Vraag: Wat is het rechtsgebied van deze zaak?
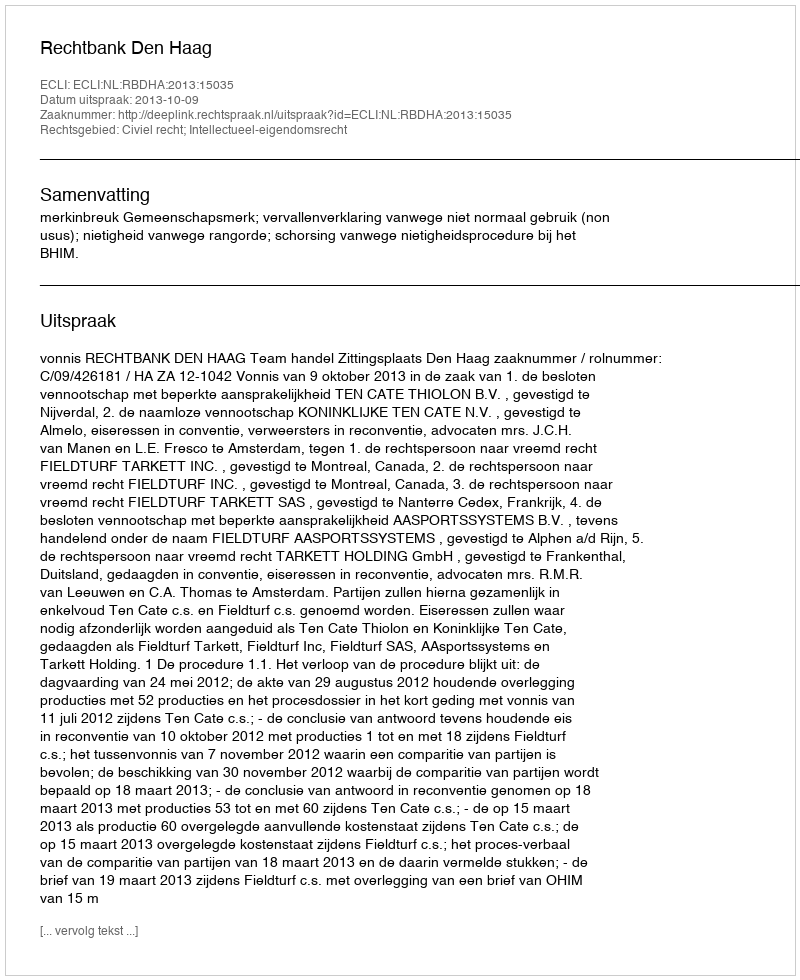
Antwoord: Civiel recht; Intellectueel-eigendomsrecht